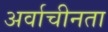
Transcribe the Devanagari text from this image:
अर्वाचीनता